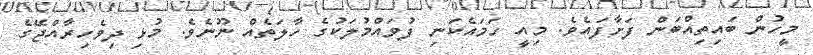
މީހުން ބައިތިއްބަން ފަށާފައެވެ. މިއީ ހަމައެކަނި ފުވައްމުލަކުގެ ހާލަތެއް ނޫނެވެ. މުޅި ދިވެހިރާއްޖޭގެ